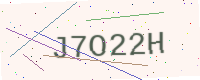
Text: J7O22H